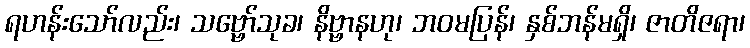
ရဟန်းသော်လည်း၊ သဗ္ဗော်သုခ၊ နိဗ္ဗာနဟု၊ ဘဝမပြန်၊ နှစ်ဘန်မရှိ၊ ဇာတိဇရာ၊